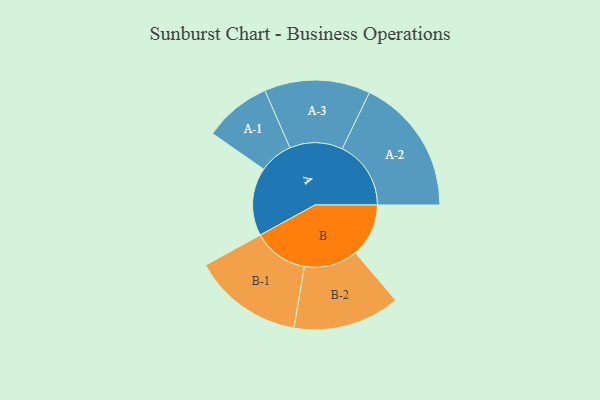
{"axis": {"x": "Segment", "y": "Value"}, "legend": ["", "A", "B"], "data": [{"x": "A", "y": 251, "type": ""}, {"x": "B", "y": 196, "type": ""}, {"x": "A-1", "y": 124, "type": "A"}, {"x": "A-2", "y": 253, "type": "A"}, {"x": "A-3", "y": 195, "type": "A"}, {"x": "B-1", "y": 203, "type": "B"}, {"x": "B-2", "y": 197, "type": "B"}]}